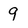
Character: 9